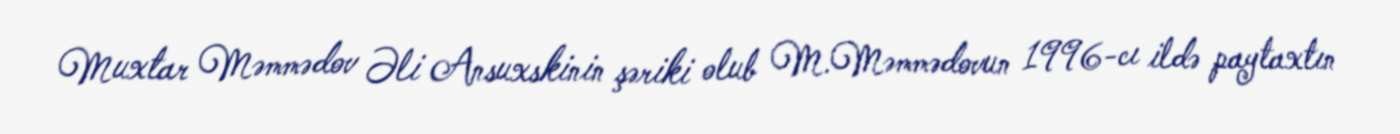
Muxtar Məmmədov Əli Ansuxskinin şəriki olub M.Məmmədovun 1996-cı ildə paytaxtın